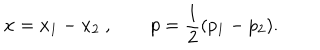
x = x _ { 1 } - x _ { 2 } \ , \qquad p = { \frac { 1 } { 2 } } ( p _ { 1 } - p _ { 2 } ) .